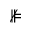
\nVDash